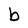
Character: b